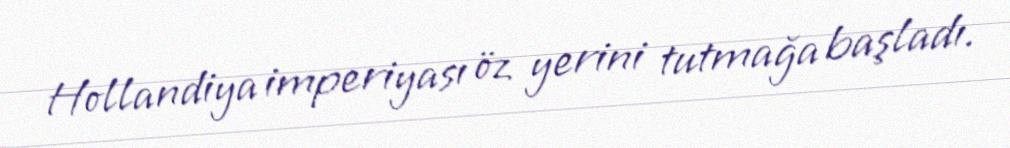
Hollandiya imperiyası öz yerini tutmağa başladı.